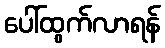
ပေါ်ထွက်လာရန်